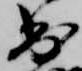
出